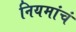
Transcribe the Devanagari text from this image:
नियमांचं